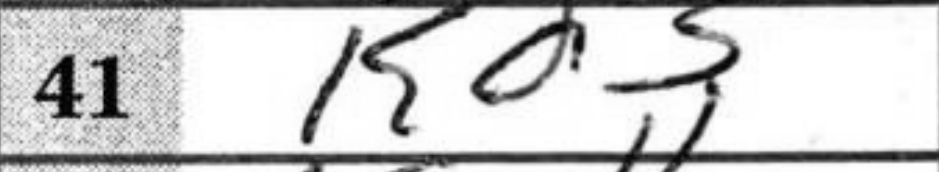
Transcription: Kd3